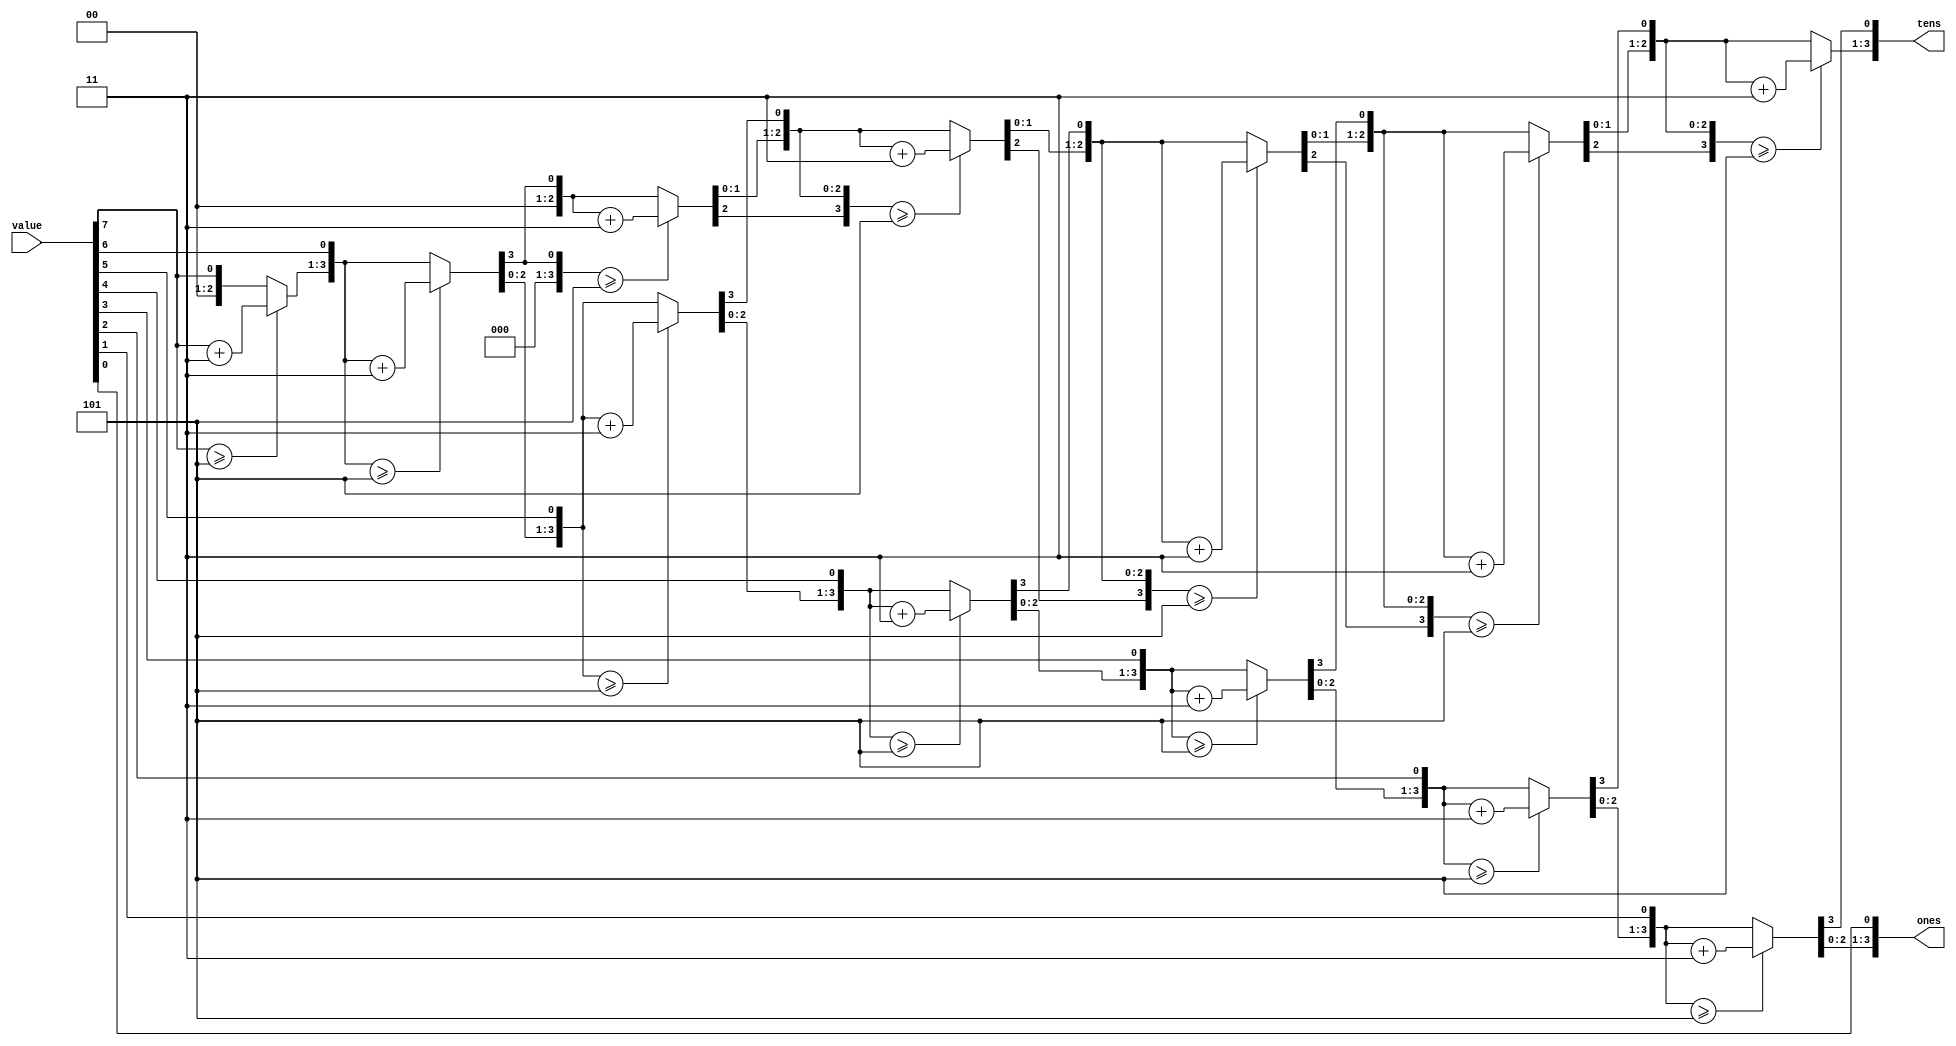
module Split_Digitos(
		input      [7:0] value,
		output reg [3:0] tens,
		output reg [3:0] ones
	);
	
	integer i;
	always @( value ) begin
		
		tens = 0;
		ones = 0;
		for( i=7; i>=0; i=i-1 ) begin
				
			if( tens >= 5 )
				tens = tens + 3;
				
			if( ones >= 5 )
				ones = ones + 3;
				
			tens = tens << 1;
			tens[0] = ones[3];
			ones = ones << 1;
			ones[0] = value[i];
		end
	end
endmodule